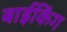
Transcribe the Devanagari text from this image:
बाईकिंग